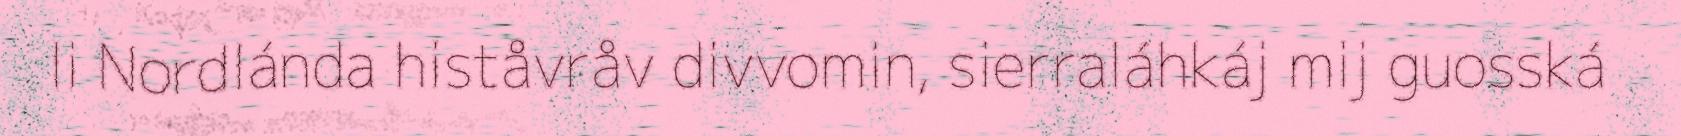
li Nordlánda histåvråv divvomin, sierraláhkáj mij guosská